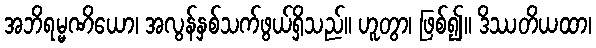
အဘိရမ္မဏိယော၊ အလွန်နှစ်သက်ဖွယ်ရှိသည်။ ဟူတွာ၊ ဖြစ်၍။ ဒိဿတိယထာ၊